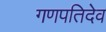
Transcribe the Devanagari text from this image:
गणपतिदेव